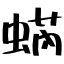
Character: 蜹